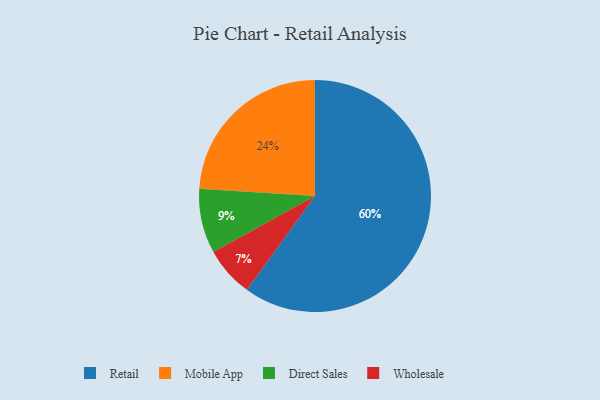
{"axis": {"x": "Category", "y": "Percentage"}, "legend": ["Direct Sales", "Mobile App", "Retail", "Wholesale"], "data": [{"x": "Direct Sales", "y": 9, "type": "Direct Sales"}, {"x": "Wholesale", "y": 7, "type": "Wholesale"}, {"x": "Mobile App", "y": 24, "type": "Mobile App"}, {"x": "Retail", "y": 60, "type": "Retail"}]}